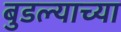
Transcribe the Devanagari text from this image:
बुडल्याच्या